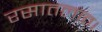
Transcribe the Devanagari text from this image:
रसातलात।